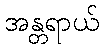
အန္တရာယ်